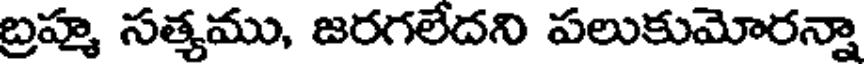
బ్రహ్మ సత్యము, జరగలేదని పలుకుమోరన్నా